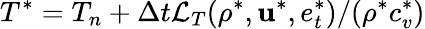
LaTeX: T^{*}=T_{n}+\Delta t\mathcal{L}_{T}(\rho^{*},\mathbf{u}^{*},e_{t}^{*})/(\rho^{*}c_{v}^{*})